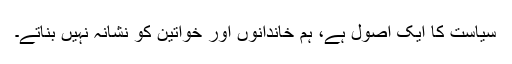
سیاست کا ایک اصول ہے، ہم خاندانوں اور خواتین کو نشانہ نہیں بناتے۔